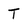
Character: T